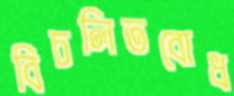
বিচলিতবোধ